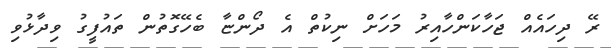
ރޭ ދިހައެއް ޖަހާކަންހާއިރު މަހަށް ނިކުތް އެ ދޯންޏާ ބެހޭގޮތުން ތައުފީގު ވިދާޅުވި